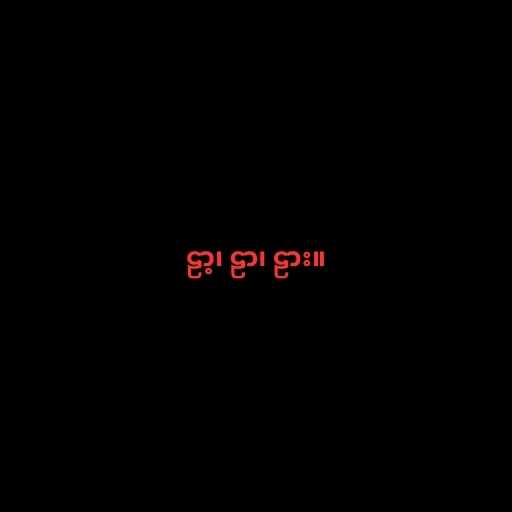
ဠာ့၊ ဠာ၊ ဠား။